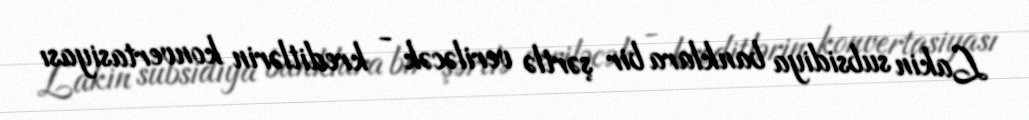
Lakin subsidiya banklara bir şərtlə veriləcək - kreditlərin konvertasiyası